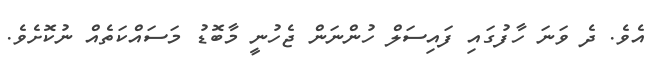
އެވެ. ދެ ވަނަ ހާފުގައި ފައިސަލް ހުންނަން ޖެހުނީ މާބޮޑު މަސައްކަތެއް ނުކޮށެވެ.